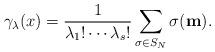
LaTeX: \begin{align*}\gamma_\lambda({x})=\frac{1}{\lambda_1!\cdots \lambda_s!}\sum_{\sigma\in S_N}\sigma(\mathbf{m}).\end{align*}